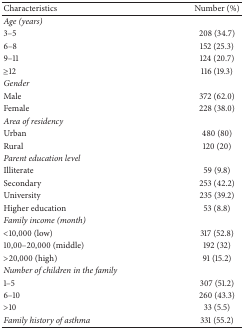
<table><thead><tr><td><b>Characteristics</b></td><td><b>Number (%)</b></td></tr></thead><tbody><tr><td><i>Age (years)</i></td><td> </td></tr><tr><td>3–5</td><td>208 (34.7)</td></tr><tr><td>6–8</td><td>152 (25.3)</td></tr><tr><td>9–11</td><td>124 (20.7)</td></tr><tr><td>≥12</td><td>116 (19.3)</td></tr><tr><td><i>Gender</i></td><td> </td></tr><tr><td>Male</td><td>372 (62.0)</td></tr><tr><td>Female</td><td>228 (38.0)</td></tr><tr><td><i>Area of residency</i></td><td> </td></tr><tr><td>Urban</td><td>480 (80)</td></tr><tr><td>Rural</td><td>120 (20)</td></tr><tr><td><i>Parent education level</i></td><td> </td></tr><tr><td>Illiterate</td><td>59 (9.8)</td></tr><tr><td>Secondary</td><td>253 (42.2)</td></tr><tr><td>University</td><td>235 (39.2)</td></tr><tr><td>Higher education</td><td>53 (8.8)</td></tr><tr><td><i>Family income (month)</i></td><td> </td></tr><tr><td>&lt;10,000 (low)</td><td>317 (52.8)</td></tr><tr><td>10,00–20,000 (middle)</td><td>192 (32)</td></tr><tr><td>&gt;20,000 (high)</td><td>91 (15.2)</td></tr><tr><td><i>Number of children in the family</i></td><td> </td></tr><tr><td>1–5</td><td>307 (51.2)</td></tr><tr><td>6–10</td><td>260 (43.3)</td></tr><tr><td>&gt;10</td><td>33 (5.5)</td></tr><tr><td><i>Family history of asthma </i></td><td>331 (55.2)</td></tr></tbody></table>